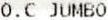
O.C JUMBO